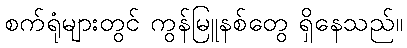
စက်ရုံများတွင် ကွန်မြူနစ်တွေ ရှိနေသည်။